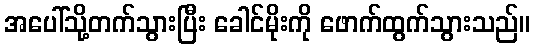
အပေါ်သို့တက်သွားပြီး ခေါင်မိုးကို ဖောက်ထွက်သွားသည်။